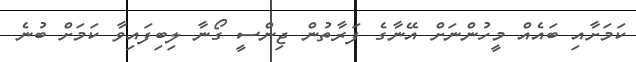
ކަމަށާއި ބައެއް މީހުންނަށް އޭނާގެ ފަރާތުން ޖިންސީ ގޯނާ ލިބިފައިވާ ކަމަށް ބުނެ